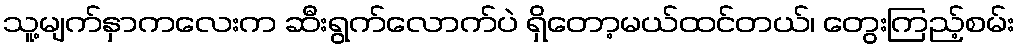
သူ့မျက်နှာကလေးက ဆီးရွက်လောက်ပဲ ရှိတော့မယ်ထင်တယ်၊ တွေးကြည့်စမ်း